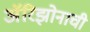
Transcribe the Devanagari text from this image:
अॅरिझोनाची